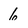
Character: 6